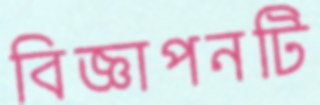
বিজ্ঞাপনটি